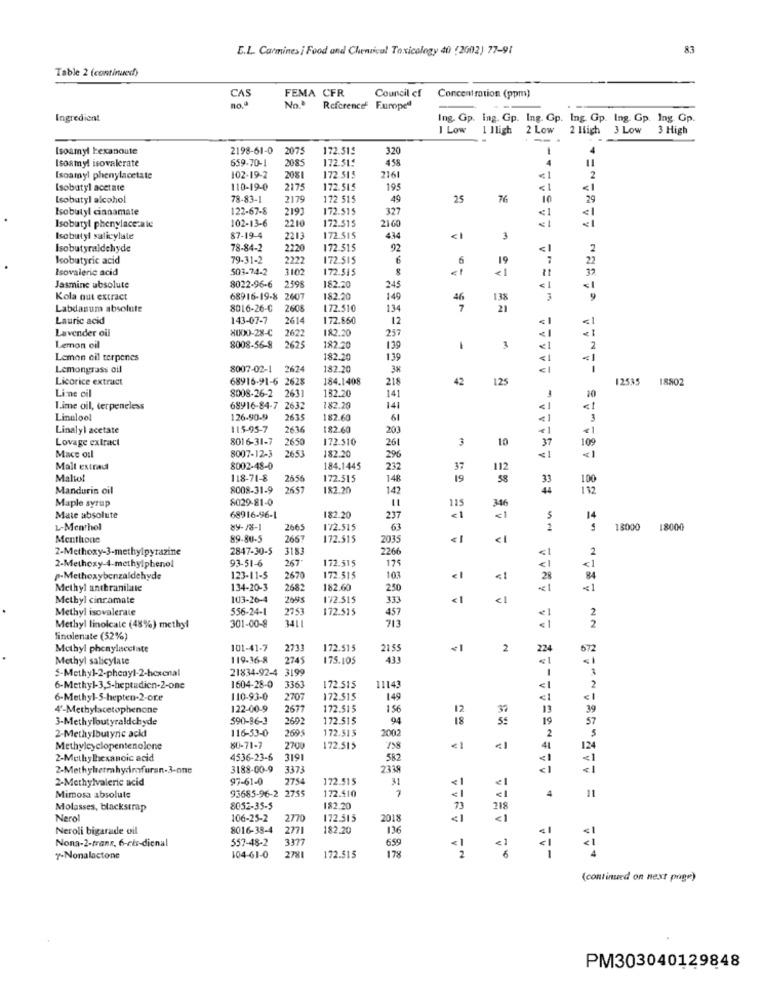
E.L. Carmines i Food and Chemical Toxicology 40 (2002) 77-91
83
Table 2 (continued)
CAS
FEMA CFR
Council ef
Concentration (ppm)
no.ª
No.ª
Reference
Europed
Ingredient
Ing. Gp. Ing. Gp. Ing. Gp. Ing. Gp. Ing. Gp. Ing. Gp.
I Low
1 Jligh 2 Low
2 High 3 Low
3 High
4: 38 ASAWAS LANAA CABON ALBANIA
Isoamyl texanoute
2198-61-0 2075
172.51ª
320
4
Isoamyl isovalerate
659-70-1
172.51:
458.
11
2085
Isoamyl phenylacetate
102-19-2
2081
172 513
2161
<1
2
Isobutyl acetate
110-19-0
2175
172.515
195
<1
Isobutyl alcohol
78-83-1
2179
172 515
49
25
76
10
29
Isobutyl cinnamate
122-67-8
2193
172.515
327
102-13-6
172.515
2160
< 1
<1
Isobutyl phenylacezale
2210
Isobutyl salicylate
87-19-4
2213
172.515
434
<1
3
== ANAAA AAAAA WAR.A
Isobutyraldehyde
78-84-2
2220
172-515
92
2
Isobutyric acid
79-31-2
2221
172.515
6
6
19
7
22
Isovaleric acid
503-74-2
3102
172.515
Jasmine absolute
8022-96-6
2598
182.20
24
< 1
Kola out extract
68916-19-8
2607
182.20
149
46
138
3
Labdanum absolute
8016-26-0
2608
172.510
134
7
21
Lauric acid
143-07-7
2614
172.850
12
<1
Lavender oil
HUGO-28-C
2622
182.20
257
<1
Lemon cil
8008-56-8
2625
182.20
139
3
Lemon cil terpenes
182.20
139
Lemongrass oil
8007-02-1 2624
2624
182.20
38
< 1
Licorice extract
68916-91-6 2628
184.1408
218
42
125
Line oil
8008-26-2
12535 18802
2631
132.20
141
Time oil, terpeneless
68916-84-7 2632
182.20
141
Linalool
126.90.9
2615
182.60
61
Linalyl acetate
115-95-7
2636
182.60
200
Lovage extract
8016-31-7
2650
172.510
261
10
37
8007-12-3
2653
109
Mace oil
182.20
296
< 1
Malt extrad
8002-48-0
184.1445
232
37
112
Maltol
118-71-8
2656
172.515
148
19
58
33
100
Manduris cil
8008-31-9
265
182.20
142
44
1 12
Maple syrup
8029-81-0
346
Mate absolute
68916-96-1
182.20
237
<1
<1
14
L-Menthol
89-18-1
2665
172.515
63
2
13000 18000
Menthone
89-80-5
2667
172.515
2035
2-Methoxy-3-methylpyrazine
2847-30-5
3183
2266
2
93-51-6
267
172.515
175
2-Methoxy-4-methylphenol
< 1
< 1
p-Methoxybenzaldehyde
123-11-5
2670
172.515
103
<1
28
84
Methyl anthranilate
134-20-3
2682
182.60
250
<1
Methyl cinramate
103-26-4
2655
172.515
333
<1
-1A . AAANSWAALAF 11
Methyl isovalerate
556-24-1
2753
11Ft
172.515
457
«1
2
713
Methyl linolcate (48%) methyl
301-00-8
2
finalenate (52%)
Methyl phenylacclate
101-41-7
2733
172.515
2155
2
224
572
Methyl salicylate
119-36-8
2745
175.105
433
5-Methyl-2-phenyl-2-hexenal
21834-92-4 3199
1114
6-Methyl-3,5-heptudien-2-one
1604-28-0
3363
172.515
6-Methyl-5-hepten-2-ore
110-93-0
2707
172.515
149
4'-Methylacetophenone
122-00-9
2677
172.515
156
12
37
39
3-Methyloutyraldchyde
590-96-3
2692
172.515
94
18
57
116-53-0
2695
172.515
2002
2-Methylbutyric acks
Methylcyclopentenolone
80-71-7
2700
172.515
€1
124
2-Methylhexanoic acid
4536-23-6
3191
582
2-Methyltetrahydrofuran-3-one
3188-00-9
3373
233
2-Methylvalerie acid
97-61-0
2754
172.515
31
93685-96-2 2755
172.510
< 1
Mimosa absolute
4
11
Molasses, blackstrap
8052-35-5
182.20
73
218
Nerol
106-25-2
2770
172.515
2018
<1
<1
Neroli bigarade oil
8016-38-4
2771
182.20
136
Nona-2-trans, 6-cis-dienal
557-48-2
3377
659
178
7-Nonalactone
104-61-0
2781
172.515
(continued on next page)
PM303040129848